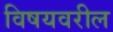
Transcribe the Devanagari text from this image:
विषयवरील